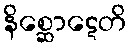
နိစ္ဆောဋေတိ